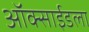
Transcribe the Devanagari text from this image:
ऑक्साईडला